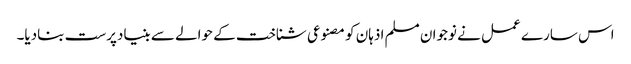
اس سارے عمل نے نوجوان مسلم اذہان کو مصنوعی شناخت کے حوالے سے بنیادپرست بنادیا۔